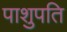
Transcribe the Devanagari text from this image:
पाशुपति